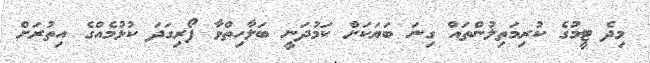
މިދެ ޓީމުގެ ކުރިމަތިލުންތައް ގިނަ ބަޔަކަށް ކަމުދަނީ ބަލާހިތްވާ ފޯރިގަދަ ކުޅުމެއްގެ އިތުރަށް